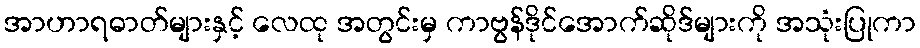
အာဟာရဓာတ်များနှင့် လေထု အတွင်းမှ ကာဗွန်ဒိုင်အောက်ဆိုဒ်များကို အသုံးပြုကာ